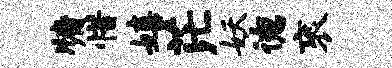
牖惜嬉茫妖德衮